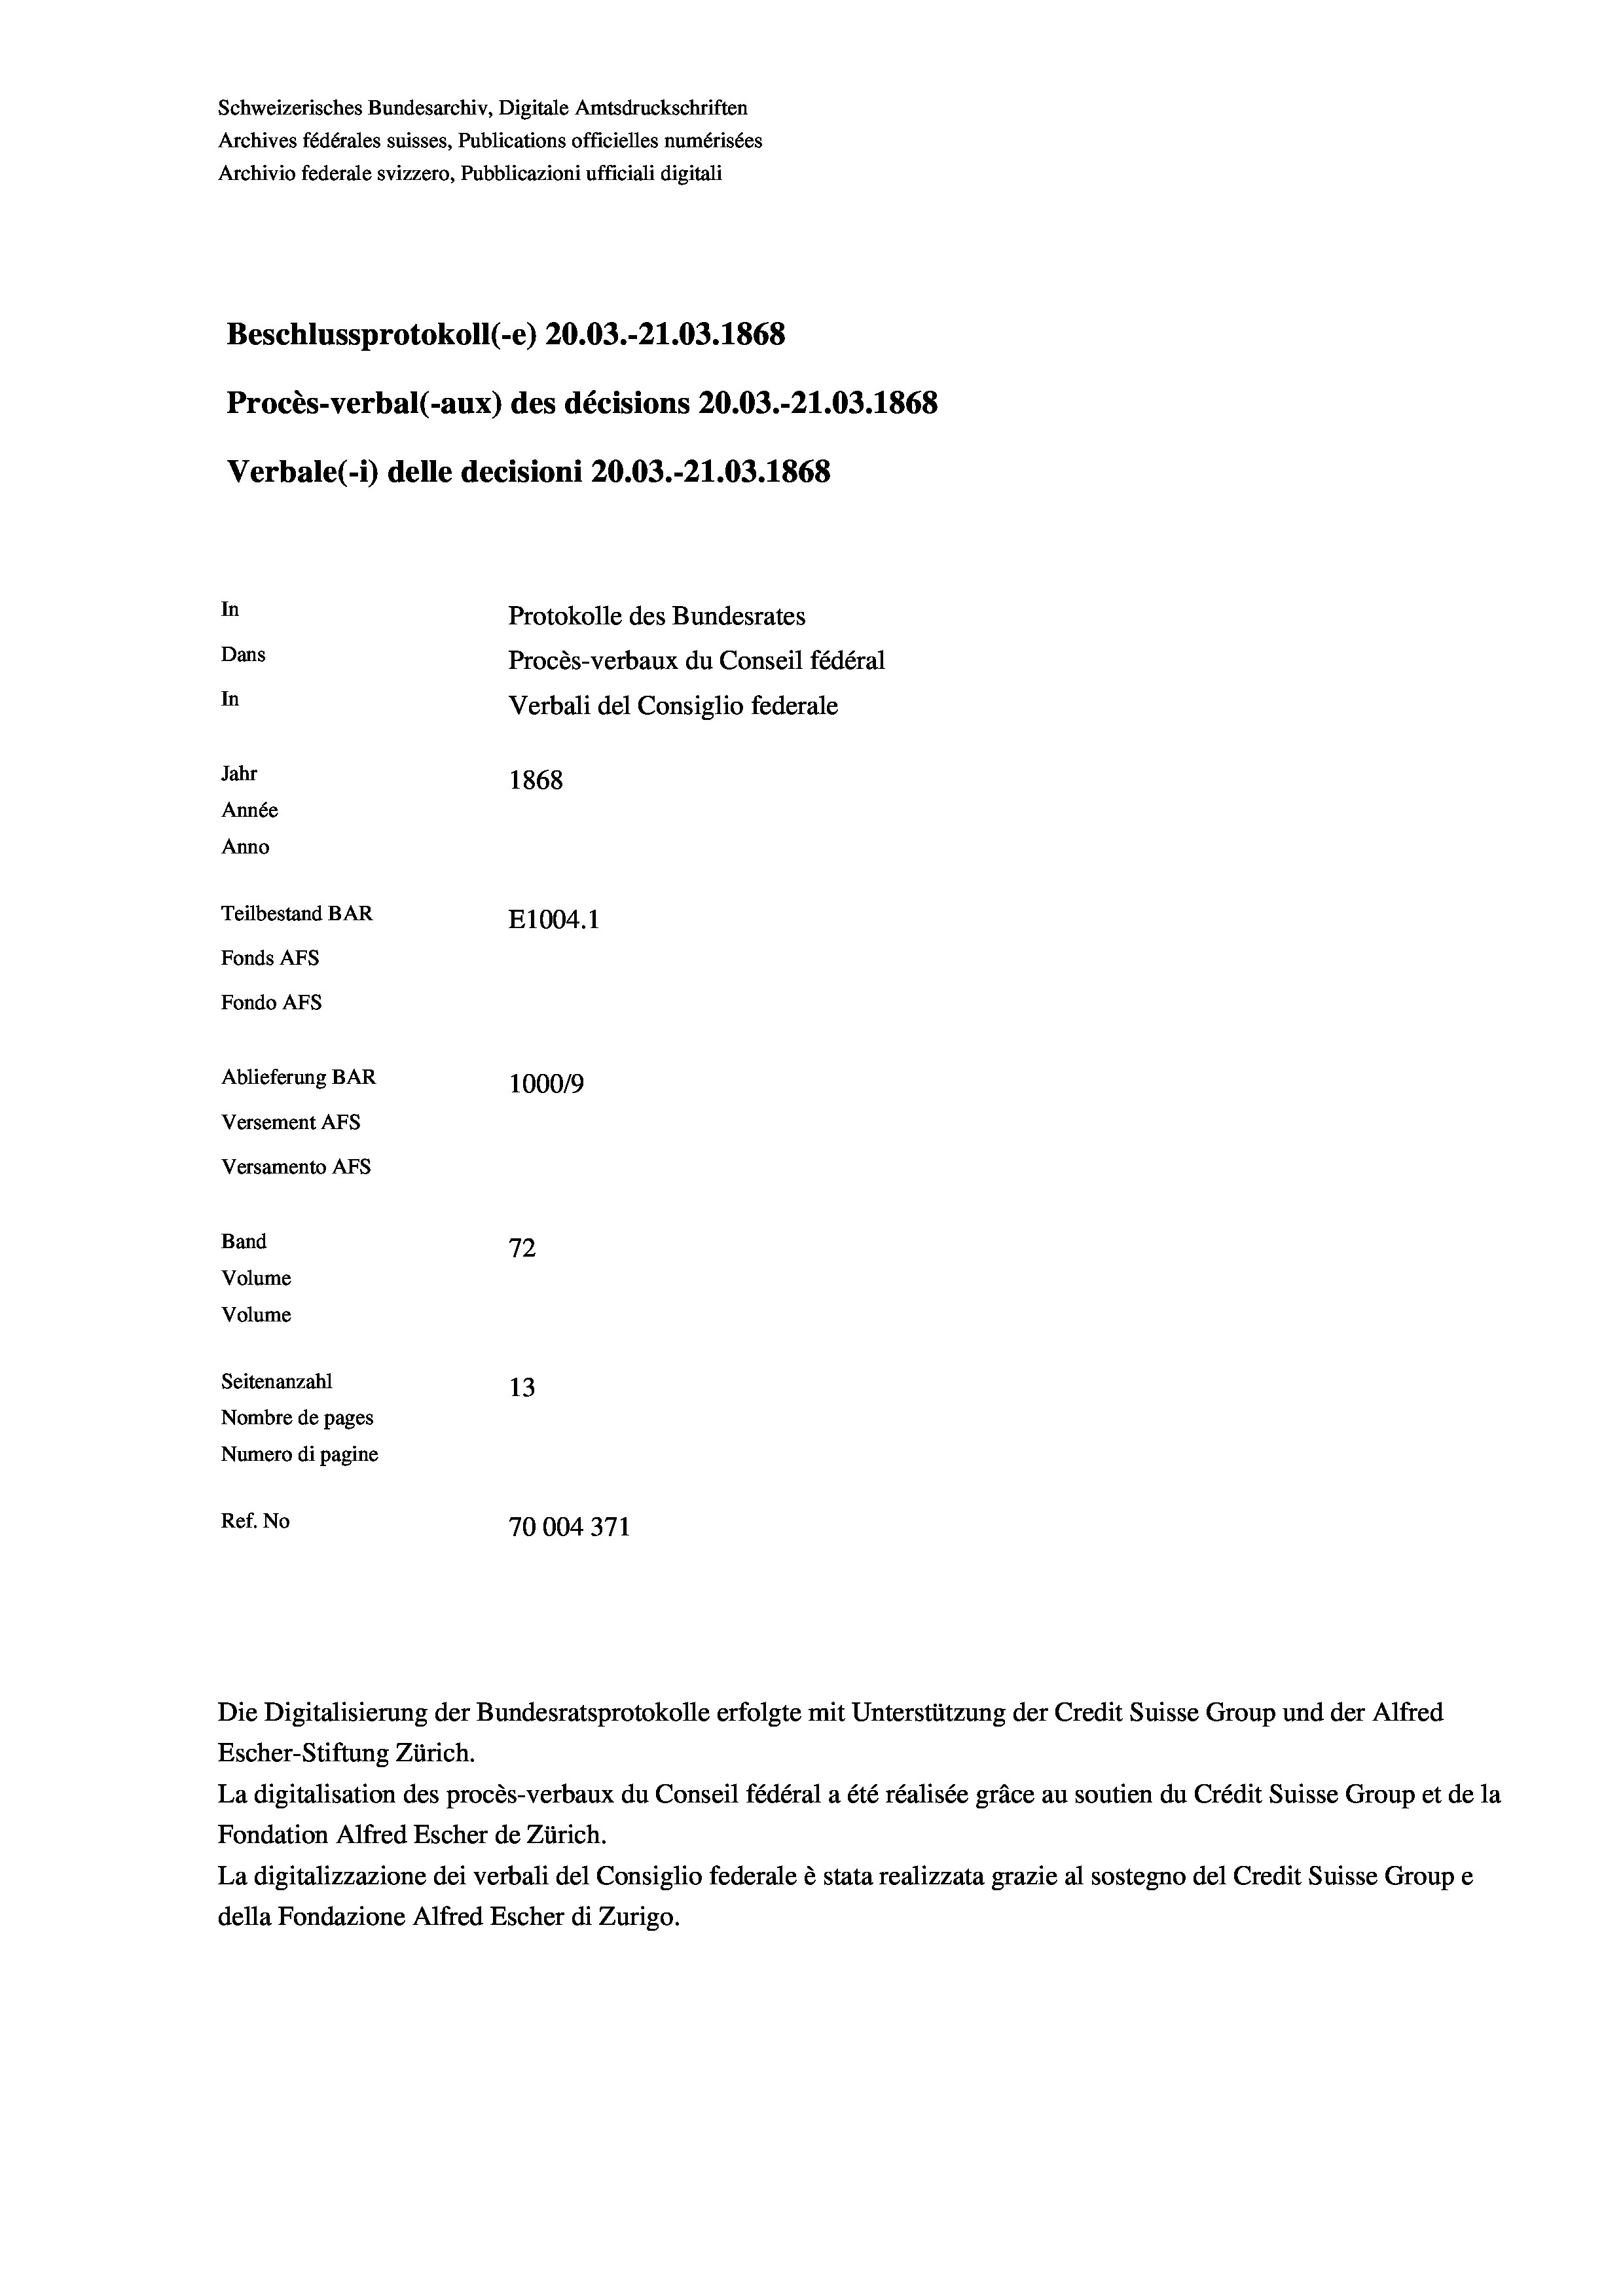
Schweizerisches Bundesarchiv, Digitale Amtsdruckschriften
Archives fédérales suisses, Publications officielles numérisées
Archivio federale svizzero, Pubblicazioni ufficiali digitali
Beschlussprotokoll (-e) 20.03.-21.03. 1868
Procès-verbal (-aux) des décisions 20.03.-21.03. 1868
Verbale (- 1) delle decisioni 20.03.-21.03. 1868
In
Protokolle des Bundesrates
Dans
Procès-verbaux du Conseil fédéral
In
Verbali del Consiglio federale
Jahr
1868
Année
Anno
Teilbestand BAR
E1004. 1
Fonds AFs
Fondo Afs
Ablieferung BAR
100019
Versement AFs
Versamento AFs
Band
72
Volume
Volume
Seitenanzahl
13
Nombre de pages
Numero di pagine
Ref. No
70004371

La digitalisation des procès-verbaux du Conseil fédéral a été réalisée gräce au soutien du Crédit Suisse Group et de la
Fondation Alfred Escher de Zürich.
La digitalizzazione dei verbali del Consiglio federale è stata realizzata grazie al sostegno del Credit Suisse Groupe
della Fondazione Alfred Escher di Zurigo.

Die Digitalisierung der Bundesratsprotokolle erfolgte mit Unterstützung der Credit Suisse Group und der Alfred
Escher-Stiftung Zürich.